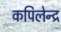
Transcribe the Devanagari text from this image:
कपिलेन्द्र